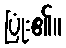
ပြုံး၏။